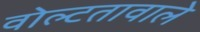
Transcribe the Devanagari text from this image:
वोल्टतावाले